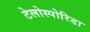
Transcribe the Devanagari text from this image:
टेलोस्पोरिडा